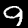
Digit: 9